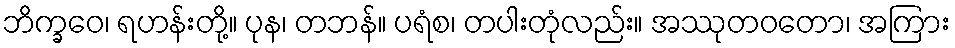
ဘိက္ခဝေ၊ ရဟန်းတို့။ ပုန၊ တဘန်။ ပရံစ၊ တပါးတုံလည်း။ အဿုတဝတော၊ အကြား